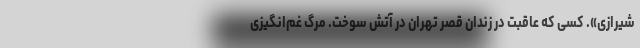
شیرازی». کسی که عاقبت در زندان قصر تهران در آتش سوخت. مرگ غم‌انگیزی